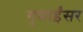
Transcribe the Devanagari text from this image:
गुसाईंसर